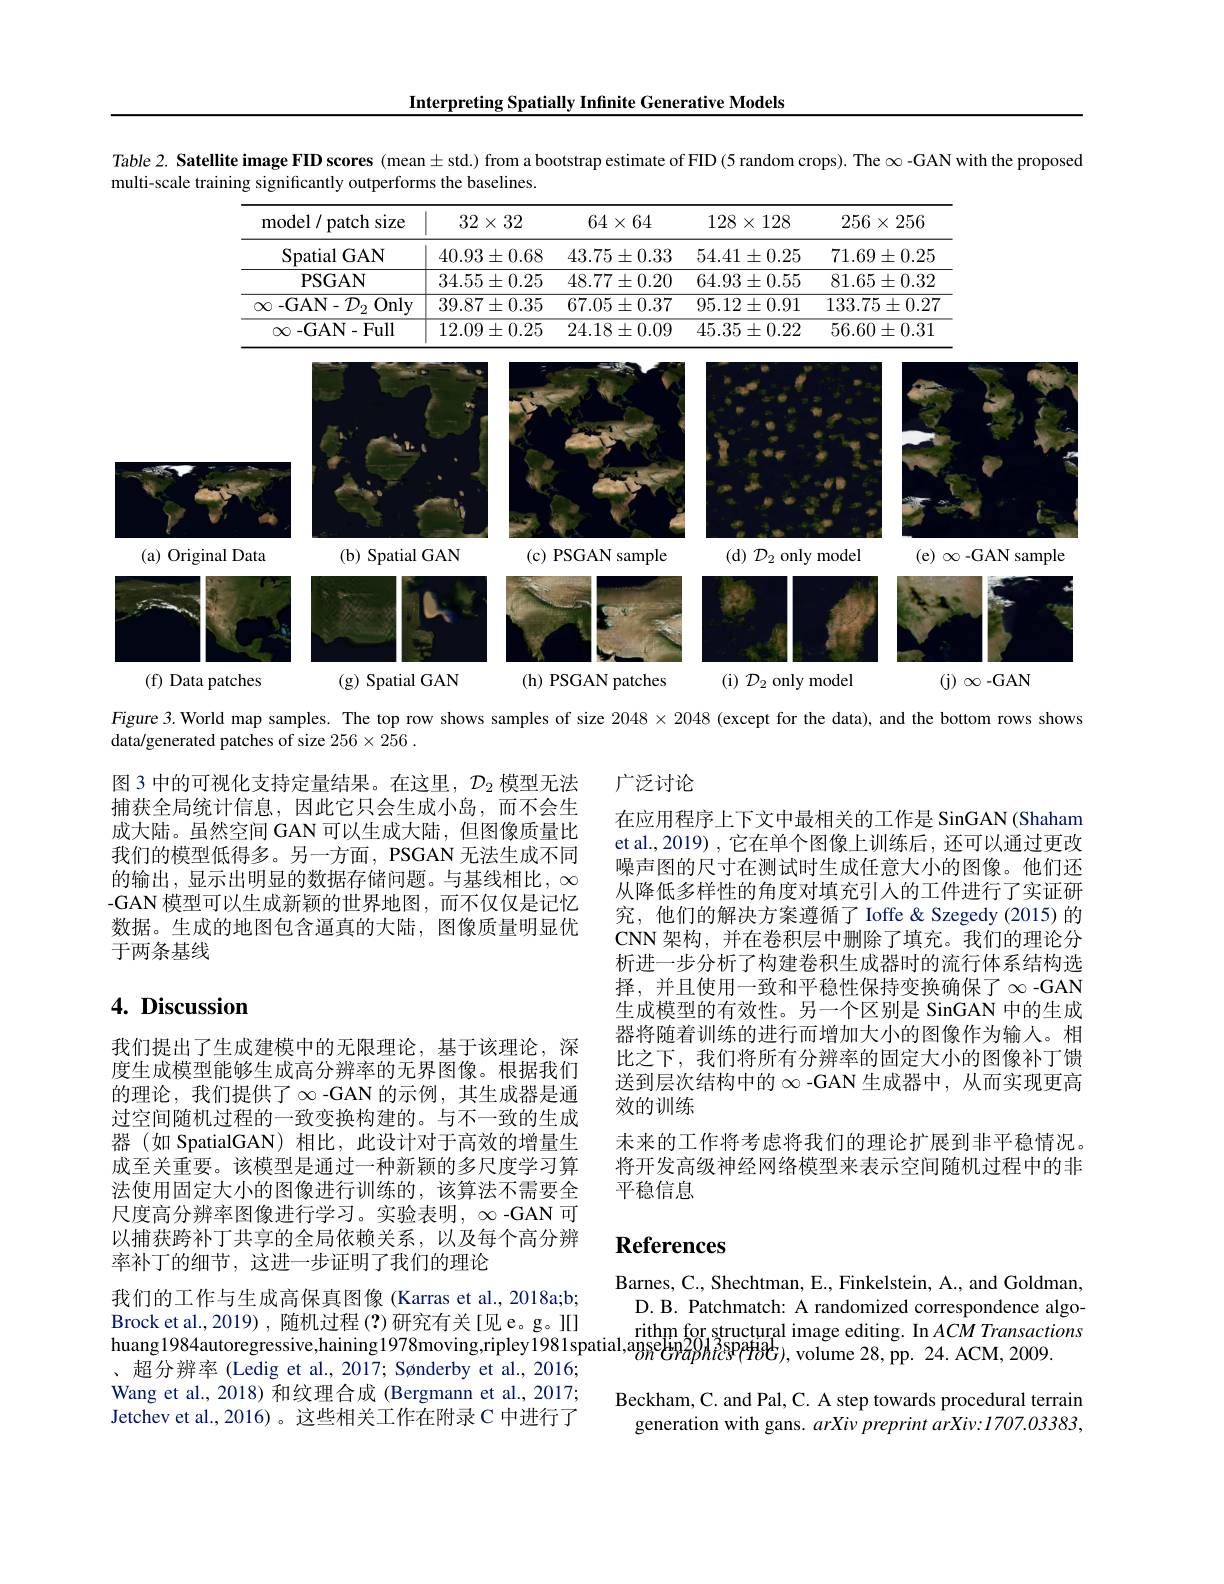
Interpreting Spatially Infinite Generative Models

Table 2. Satellite image FID scores (mean± std.) from a bootstrap estimate of FID (5 random crops). The $\infty$ -GAN with the proposed

multi-scale training significantly outperforms the baselines
<table>
	<tbody>
		<tr>
			<th>model/ patch size</th>
			<th>$32\times32$</th>
			<th>$64\times64$</th>
			<th>$128\times128$</th>
			<th>$256\times256$</th>
		</tr>
		<tr>
			<td>Spatial GAN</td>
			<td>$40.93\pm0.68$</td>
			<td>$43.75\pm0.33$</td>
			<td>$54.41\pm0.25$</td>
			<td>$71.69\pm0.25$</td>
		</tr>
		<tr>
			<td>PSGAN</td>
			<td>$34.55\pm0.25$</td>
			<td>$48.77\pm0.20$</td>
			<td>$64.93\pm0.55$</td>
			<td>$81.65\pm0.32$</td>
		</tr>
		<tr>
			<td>${\overline{\infty\mathrm{~-GAN-}{\mathcal D}_{2}\mathrm{~Only}}}$ 1</td>
			<td>$39.87\pm0.35$</td>
			<td>$67.05\pm0.37$</td>
			<td>$95.12\pm0.91$</td>
			<td>$133.75\pm0.27$</td>
		</tr>
		<tr>
			<td>$\infty$-GAN-Full</td>
			<td>$12.09\pm0.25$</td>
			<td>$24.18\pm0.09$</td>
			<td>$45.35\pm0.22$</td>
			<td>$56.60\pm0.31$</td>
		</tr>
	</tbody>
</table>

<FigureHere>

(a)

(f)

Figure 3.World map samples. The top row shows samples of size $2048\times2048$ (except for the data), and the bottom rows shows

data/generated patches of size 256×256 .

## 广泛讨论

图 3 中的可视化支持定量结果。在这里，$\mathcal{D}_2$模型无法捕获全局统计信息，因此它只会生成小岛，而不会生成大陆。虽然空间 GAN 可以生成大陆，但图像质量比我们的模型低得多。另一方面，PSGAN 无法生成不同的输出，显示出明显的数据存储问题。与基线相比，$\infty$ -GAN 模型可以生成新颖的世界地图，而不仅仅是记忆数据。生成的地图包含逼真的大陆，图像质量明显优于两条基线

在应用程序上下文中最相关的工作是 SinGAN (Shaham et al.,2019) , 它在单个图像上训练后，还可以通过更改噪声图的尺寸在测试时生成任意大小的图像。他们还从降低多样性的角度对填充引人的工件进行了实证研究，他们的解决方案遵循了 Ioffe&Szegedy(2015)的CNN 架构，并在卷积层中删除了填充。我们的理论分析进一步分析了构建卷积生成器时的流行体系结构选择，并且使用一致和平稳性保持变换确保了$\infty$-GAN 生成模型的有效性。另一个区别是 SinGAN 中的生成器将随着训练的进行而增加大小的图像作为输人。相比之下，我们将所有分辨率的固定大小的图像补丁馈送到层次结构中的$\infty$ -GAN 生成器中，从而实现更高效的训练
未来的工作将考虑将我们的理论扩展到非平稳情况。将开发高级神经网络模型来表示空间随机过程中的非平稳信息

# 4. Discussion

我们提出了生成建模中的无限理论，基于该理论，深度生成模型能够生成高分辨率的无界图像。根据我们的理论，我们提供了$\infty$-GAN 的示例，其生成器是通过空间随机过程的一致变换构建的。与不一致的生成器(如 SpatialGAN)相比，此设计对于高效的增量生成至关重要。该模型是通过一种新颖的多尺度学习算法使用固定大小的图像进行训练的，该算法不需要全尺度高分辨率图像进行学习。实验表明，$\infty$ -GAN 可以捕获跨补丁共享的全局依赖关系，以及每个高分辨率补丁的细节，这进一步证明了我们的理论
我们的工作与生成高保真图像 (Karras et al., 2018a;b;
Brock et al. 2019) , 随 机 过 程 ( 3) 研 究 有 关 [ 见 e。g。ll] huang1984autoregressive, haining1978moving, ripley1981spatial, ansetnal, ansetna? ding. In $ACM$ Transactions huang1984autoregressive, haining1978moving, ripley1981spatial, ansetnal, ansetnaphispating. In
、超分辨率 (Ledig et al., 2017; Sønderby et al., 20163 Wang et al., 2018) 和纹理合成 (Bergmann et al., 2017; Jetchev et al., 2016)。这些相关工作在附录 C 中进行了

# References

Barnes, C. , Shechtman, E. , Finkelstein, A. , and Goldman, D.B. Patchmatch: A randomized correspondence algo-

Beckham, C. and Pal, C. A step towards procedural terrain
generation with gans. $arXiv\textit{preprint arXiv: 1707. 03383, }$